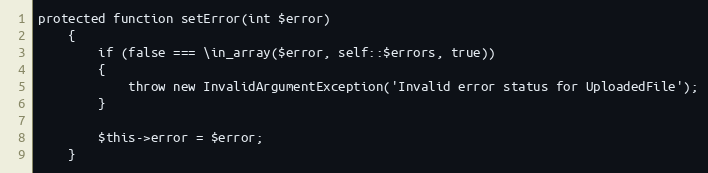
Language: PHP
protected function setError(int $error)
    {
        if (false === \in_array($error, self::$errors, true))
        {
            throw new InvalidArgumentException('Invalid error status for UploadedFile');
        }

        $this->error = $error;
    }